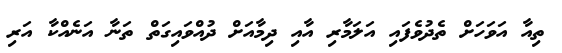
ތިއާ އަވަހަށް ތެދުވެފައި އަލަމާރި އާއި ދިމާއަށް ދުއްވައިގަތް ތަނާ އަނެއްކާ އަރި